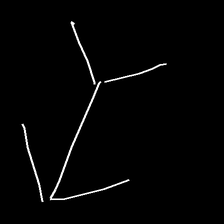
Glyph: gather